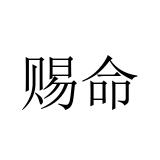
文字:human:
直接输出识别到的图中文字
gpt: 赐命